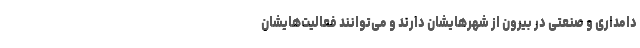
دامداری و صنعتی در بیرون از شهرهایشان دارند و می‌توانند فعالیت‌هایشان